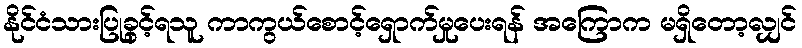
နိုင်ငံသားပြုခွင့်ရသူ ကာကွယ်စောင့်ရှောက်မှုပေးရန် အကြောက မရှိတော့လျှင်